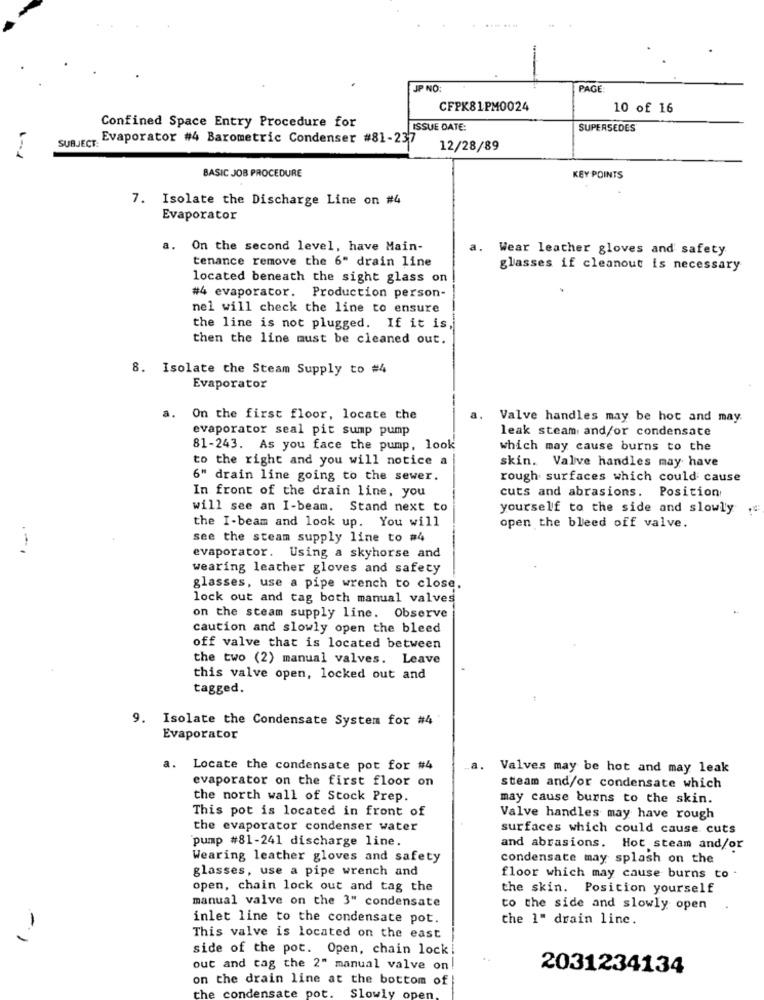
.
JP NO
PAGE:
CFPK81PM0024
10 of 16
Confined Space Entry Procedure for
ISSUE DATE:
SUPERSEDES
SUBJECT Evaporator #4 Barometric Condenser #81-237
12/28/89
1 -- 1
BASIC JOB PROCEDURE
KEY POINTS
7. Isolate the Discharge Line on #4
Evaporator
a.
On the second level, have Main-
a.
Wear leather gloves and safety
tenance remove the 6" drain line
glasses if cleanout is necessary
located beneath the sight glass on
#4 evaporator. Production person-
nel will check the line to ensure
the line is not plugged. If it is
then the line must be cleaned out.
8. Isolate che Steam Supply to #4
Evaporator
a.
On the first floor, locate the
Valve handles may be hot and may.
evaporator seal pit sump pump
leak steam and/or condensate
81-243. As you face the pump, look
which may cause burns to the
to the right and you will notice a
skin. Valve handles may have
6" drain line going to the sewer.
rough surfaces which could cause
In front of the drain line, you
cuts and abrasions. Position
will see an I-beam. Stand next to
yourself to the side and slowly
the I-beam and look up. You will
open the bleed off valve.
see the steam supply line to #4
evaporator. Using a skyhorse and
wearing leather gloves and safety
glasses, use a pipe wrench to close.
lock out and tag both manual valves
on the steam supply line. Observe
caution and slowly open the bleed
off valve that is located between
the two (2) manual valves. Leave
this valve open, locked out and
tagged.
9. Isolate the Condensate System for #4
Evaporator
a.
Locate the condensate pot for #4
a.
Valves may be hot and may leak
evaporator on the first floor on
steam and/or condensate which
the north wall of Stock Prep.
may cause burns to the skin.
This pot is located in front of
Valve handles may have rough
the evaporator condenser water
surfaces which could cause cuts
pump #81-241 discharge line.
and abrasions. Hot steam and/or
Wearing leather gloves and safety
condensate may splash on the
glasses, use a pipe wrench and
floor which may cause burns to -
open, chain lock out and tag the
the skin. Position yourself
manual valve on the 3" condensate
to the side and slowly open
inlet line to the condensate pot.
the 1" drain line.
-
This valve is located on the east
side of the pot. Open, chain lock!
out and cag the 2" manual valve on!
2031234134
on the drain line at the bottom of
the
condensate pot.
Slowly